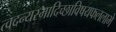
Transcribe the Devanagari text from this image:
त्वदन्यस्मादिच्छाविषयफललाभे